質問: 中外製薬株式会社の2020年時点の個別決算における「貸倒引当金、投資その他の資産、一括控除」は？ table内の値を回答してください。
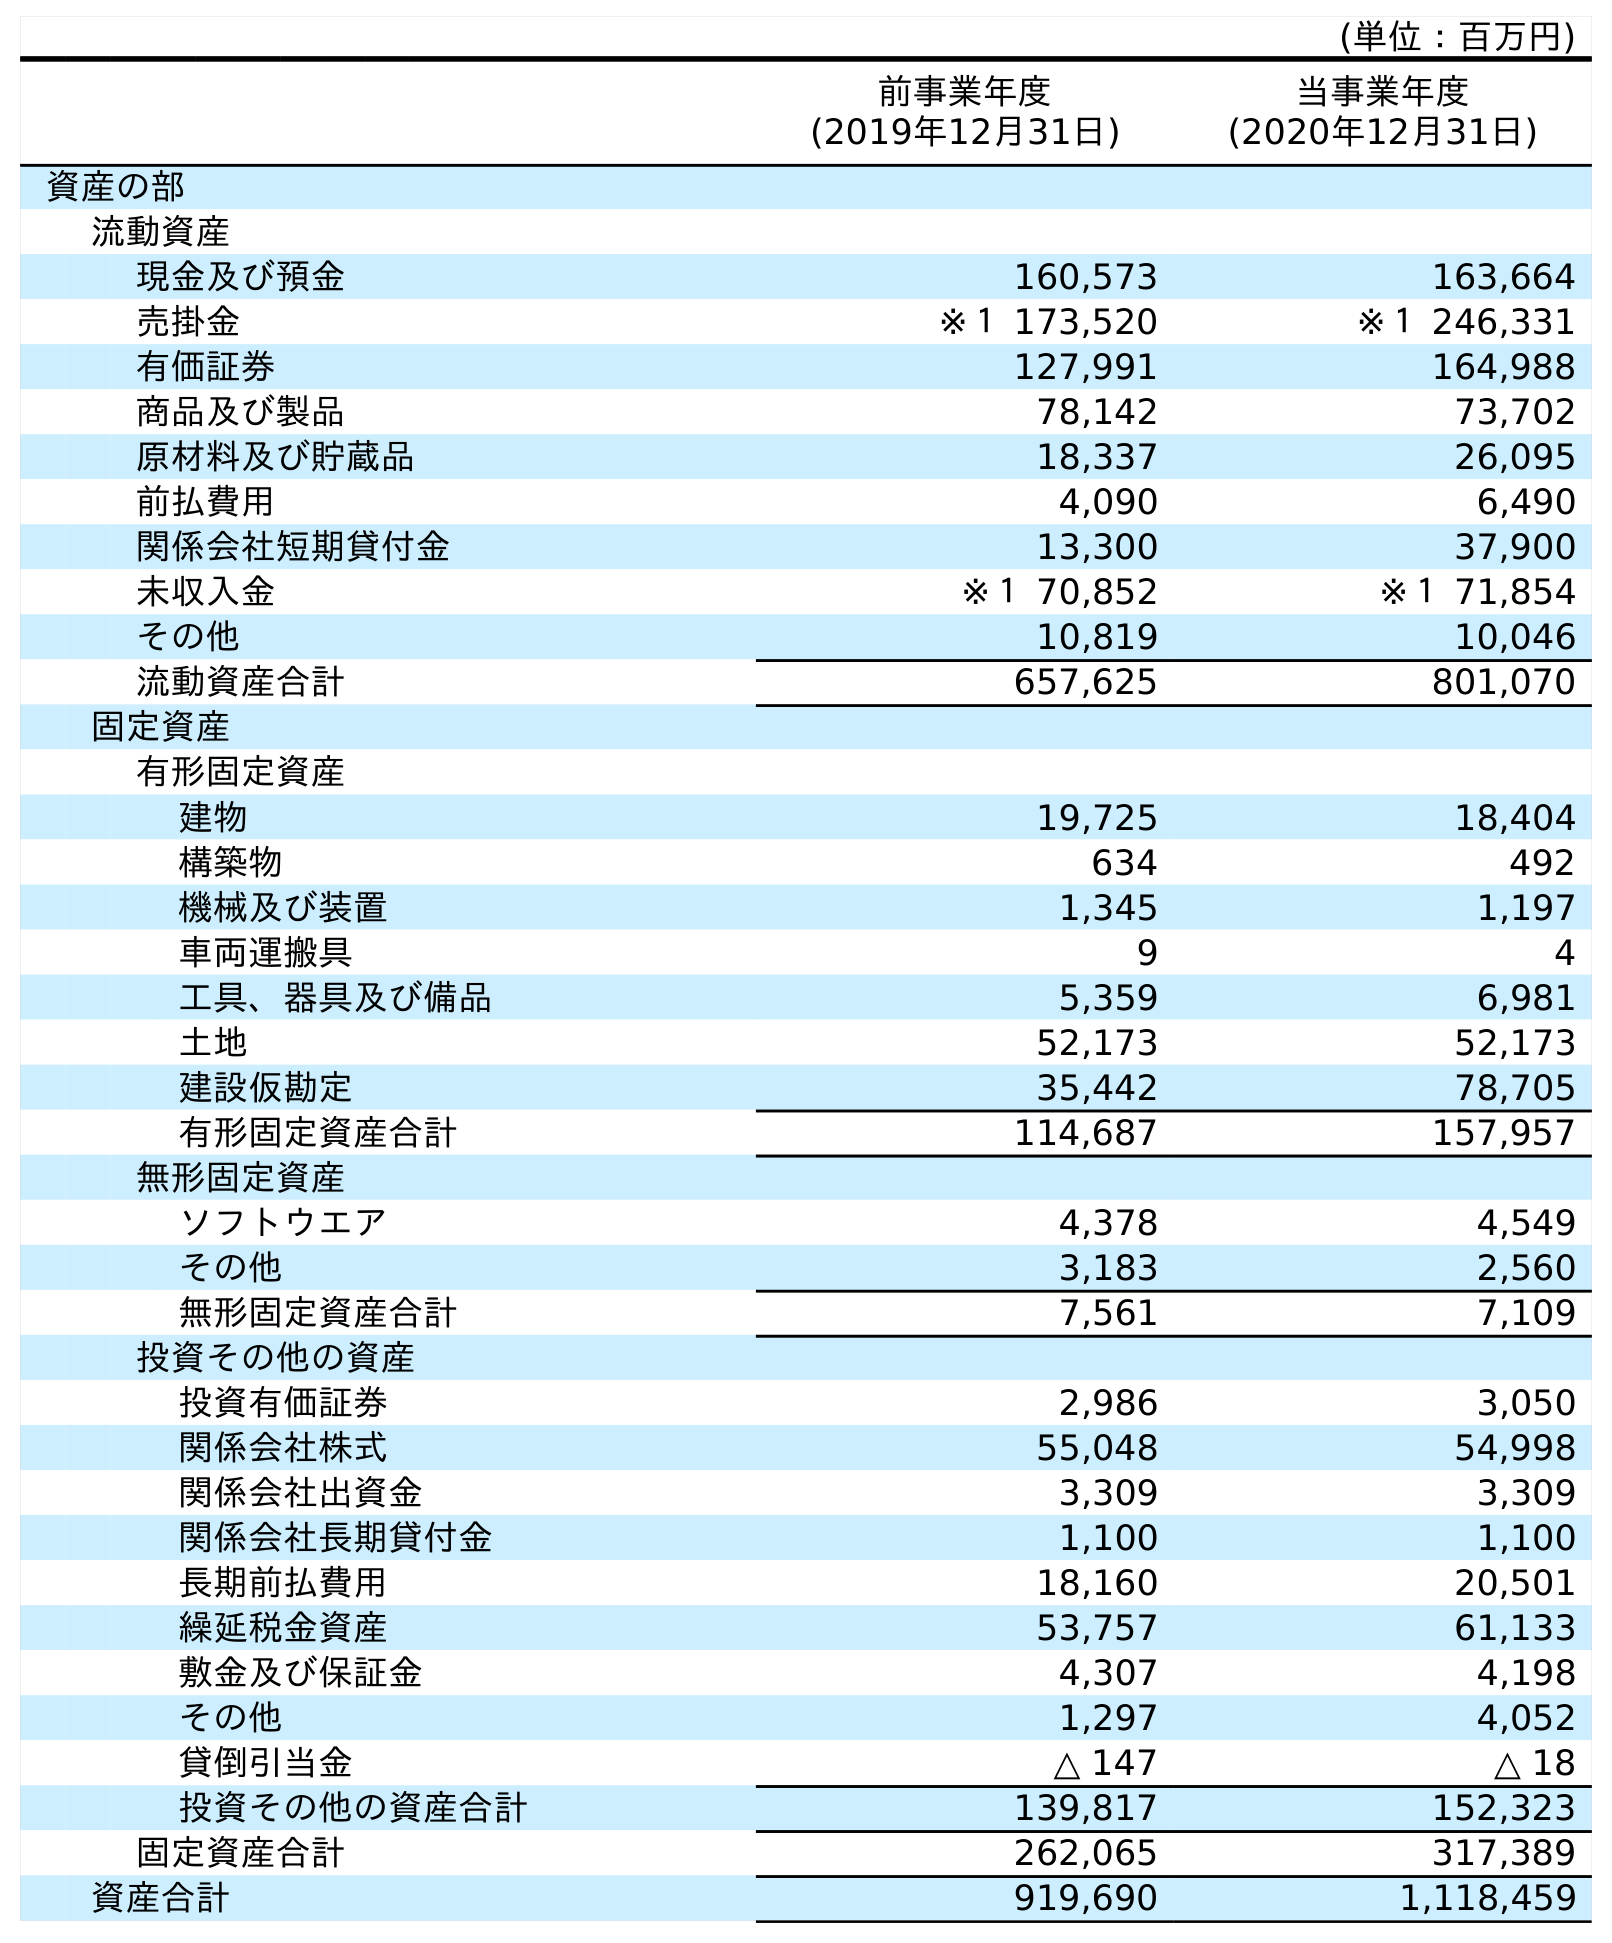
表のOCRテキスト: (単位：百万円) 前事業年度 (2019年12月31日) 当事業年度 (2020年12月31日) 資産の部 流動資産 現金及び預金 160,573 163,664 売掛金 ※１ 173,520 ※１ 246,331 有価証券 127,991 164,988 商品及び製品 78,142 73,702 原材料及び貯蔵品 18,337 26,095 前払費用 4,090 6,490 関係会社短期貸付金 13,300 37,900 未収入金 ※１ 70,852 ※１ 71,854 その他 10,819 10,046 流動資産合計 657,625 801,070 固定資産 有形固定資産 建物 19,725 18,404 構築物 634 492 機械及び装置 1,345 1,197 車両運搬具 9 4 工具、器具及び備品 5,359 6,981 土地 52,173 52,173 建設仮勘定 35,442 78,705 有形固定資産合計 114,687 157,957 無形固定資産 ソフトウエア 4,378 4,549 その他 3,183 2,560 無形固定資産合計 7,561 7,109 投資その他の資産 投資有価証券 2,986 3,050 関係会社株式 55,048 54,998 関係会社出資金 3,309 3,309 関係会社長期貸付金 1,100 1,100 長期前払費用 18,160 20,501 繰延税金資産 53,757 61,133 敷金及び保証金 4,307 4,198 その他 1,297 4,052 貸倒引当金 △ 147 △ 18 投資その他の資産合計 139,817 152,323 固定資産合計 262,065 317,389 資産合計 919,690 1,118,459
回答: △18